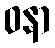
ဝနာ